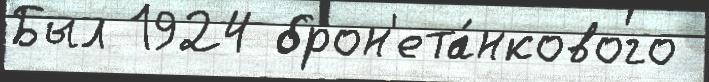
Был 1924 брон'ета́нкового